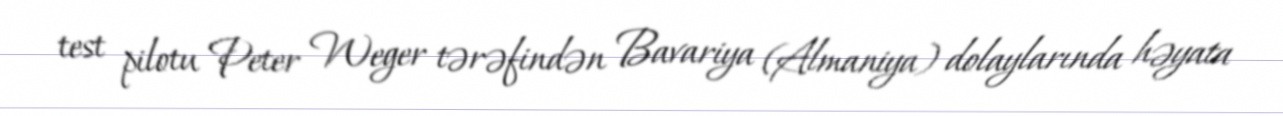
test pilotu Peter Weger tərəfindən Bavariya (Almaniya) dolaylarında həyata